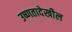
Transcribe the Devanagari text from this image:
उष्णतादेखील